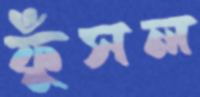
ফুঁসল